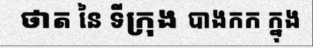
ថាត នៃ ទីក្រុង បាងកក ក្នុង